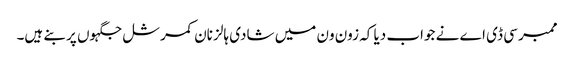
ممبر سی ڈی اے نے جواب دیا کہ زون ون میں شادی ہالز نان کمرشل جگہوں پر بنے ہیں۔